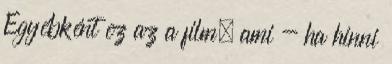
Egyébként ez az a film, ami - ha hinni